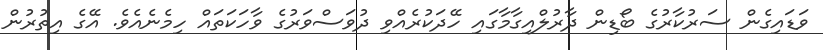
ވަޑައިގެން ސަރުކާރުގެ ބޯޑިން ދާރުލްއިގާމާގައި ހޭދަކުރެއްވި ދުވަސްވަރުގެ ވާހަކަތައް ހިމެނެއެވެ. އޭގެ އިތުރުން